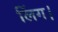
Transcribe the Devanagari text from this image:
लिंग।